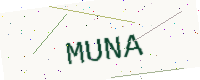
Text: MUNA